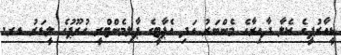
ޑީއާރުޕީގެ ކެލާ ދާއިރާގެ މެންބަރު އަދި އެޕާޓީގެ ޕާލިމެންޓްރީ ގުރޫޕުގެ ލީޑަރު ޑރ.